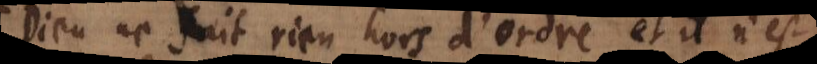
Dieu ne fait rien hors d’ordre et il n’est